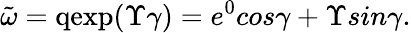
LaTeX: \tilde{\omega}=\mathrm{qexp}(\Upsilon\gamma)=e^{0}cos\gamma+\Upsilon sin\gamma.